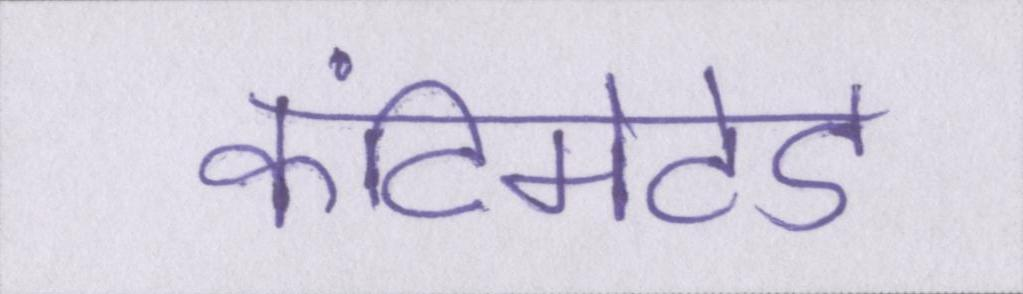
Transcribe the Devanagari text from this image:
कंटिमेटेड